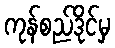
ကုန်စည်ဒိုင်မှ